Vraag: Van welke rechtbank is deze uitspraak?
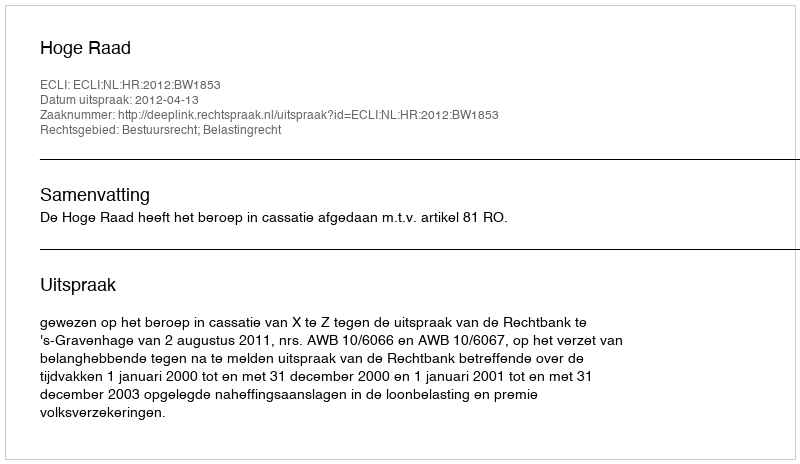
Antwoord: Hoge Raad